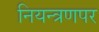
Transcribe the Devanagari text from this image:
नियन्त्रणपर